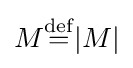
M{\stackrel {\rm {def}}{=}}|M|